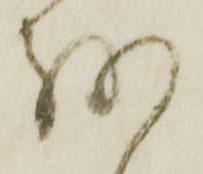
を